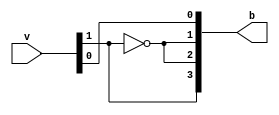
module circuitB(v, b);
input [3:0] v;

output [3:0] b;

//boolean expression from truth table and K-map 
assign b[3] = v[1];
assign b[2] = ~v[1];
assign b[1] = ~v[1];
assign b[0] = v[0];

endmodule